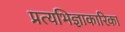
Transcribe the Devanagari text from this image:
प्रत्यभिज्ञाकारिका